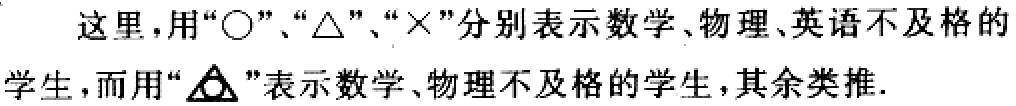
这里，用“\(〇\)”、“\(\triangle\)”、“\(\times\)”分别表示数学、物理、英语不及格的学生，而用“\(\boxed{\triangle}\)”表示数学、物理不及格的学生，其余类推.